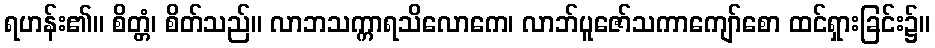
ရဟန်း၏။ စိတ္တံ၊ စိတ်သည်။ လာဘသက္ကာရသိလောကေ၊ လာဘ်ပူဇော်သကာကျော်စော ထင်ရှားခြင်း၌။